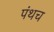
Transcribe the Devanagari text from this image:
पंथच